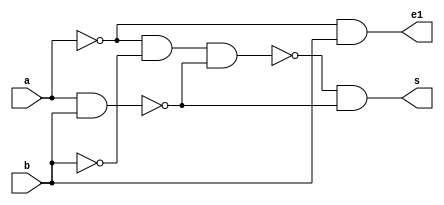
// Guia 03 - Capitulo 3
// Nome: Karen Alves Pereira
// Data: 24/02/2011
//------------------------------------
// -- Meia-Diferenca
//-------------------------------------
 module halfSubtractornand(s, e1, a, b);    //--criando entradas e saidas
 output s, e1;                              //--definindo saidas
 input a, b;                                //--definindo entradas
 wire tem1, tem2, tem3, tem4,tem5, tem6, tem7, tem8, tem9, x, y;     //-- "declarando variavel para receber valores"
 
 //--OR                               //--portas para construcao da tabela verdade da meia-diferenca
 nand NAND1(tem1, a, a);
 nand NAND2(tem2, b, b);
 nand NAND3(tem3, tem1, tem2);
 //--AND                     
 nand NAND4(tem4, a, b);
 nand NAND5(x, tem4,tem4);
 //--XOR
 nand NAND6(tem5, tem3, tem3);
 nand NAND7(tem6, x, x);
 nand NAND8(tem7, tem5, tem6);
 nand NAND9(tem8, tem7, tem6);
 nand NAND10(s, tem8, tem8);
 //-- E1
 nand NAND12(y,tem1, b);
 nand NAND13(e1, y, y);
 
 endmodule    //-- Fim modulo halfSubtractornand
 //-------------------------------------
 // -- Teste halfAdder
 //-------------------------------------
 
 module testhalfSubtractornand;    //--criando modulo teste
 reg a, b;                         //-- valores definidos (registradores)
 wire s, e1;                       //-- valor alternado de acordo com a operacao
 
 halfSubtractornand HF(s, e1, a, b);      //-- chamando o modulo
 
 initial begin
 		$display("Guia 03 - Karen Alves Pereira - 407451");           //-- imprimindo na tela
		$display("Operador de meia-diferenca apenas com portas NAND");
		$display("\na b s e1");
		$monitor("%b %b %b %b", a, b, s, e1);
		a=0; b=0;             //-- fornecendo valores
 #1   a=0; b=1; 
 #1   a=1; b=0;
 #1   a=1; b=1;
 end                 //-- fim begin
 endmodule  //-- fim modulo testhalfSubtractornand